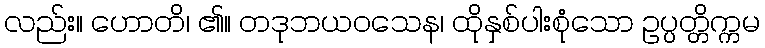
လည်း။ ဟောတိ၊ ၏။ တဒုဘယဝသေန၊ ထိုနှစ်ပါးစုံသော ဥပ္ပတ္တိက္ကမ